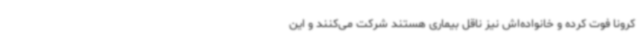
کرونا فوت کرده و خانواده‌اش نیز ناقل بیماری هستند شرکت می‌کنند و این